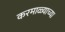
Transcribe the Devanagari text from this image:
करमाळ्याच्या